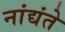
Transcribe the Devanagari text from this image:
नांद्यंते